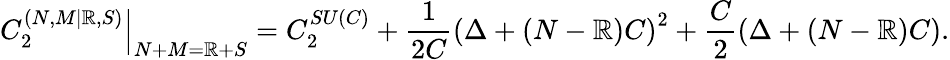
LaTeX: \left.C_{2}^{\left(N,M|\mathbb{R},S\right)}\right\vert_{N+M=\mathbb{R}+S}=C_{2}^{SU\left(C\right)}+\frac{{1}}{{2C}}\left(\Delta+\left(N-\mathbb{R}\right)C\right)^{2}+\frac{{C}}{{2}}\left(\Delta+\left(N-\mathbb{R}\right)C\right).